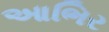
આભિર